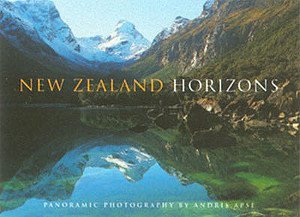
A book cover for New Zealand Horizons Panoramic Photography; Andris Apse; Travel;